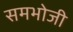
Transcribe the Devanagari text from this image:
समभोजी